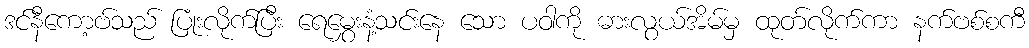
ဒင်နီကော့ဗ်သည် ပြုံးလိုက်ပြီး ရေမွှေးနံ့သင်းနေ သော ပဝါကို ဓားလွယ်အိမ်မှ ထုတ်လိုက်ကာ နက်ဗစ်စကီ